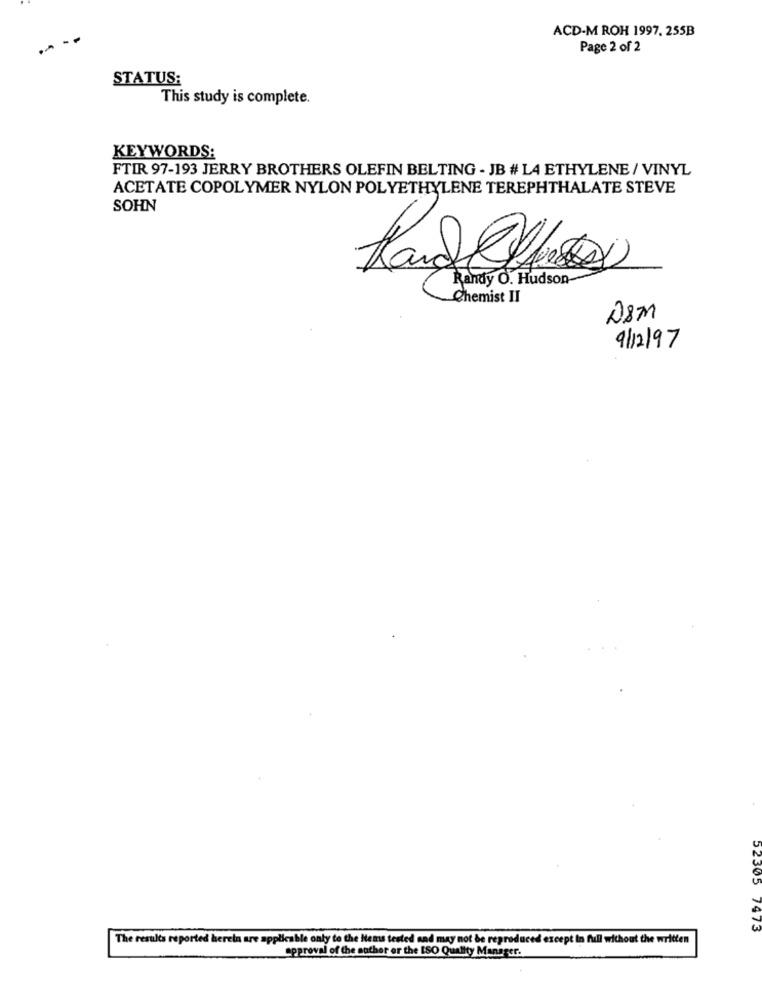
ACD-M ROH 1997. 255B
Page 2 of 2
STATUS:
This study is complete.
KEYWORDS:
FTIR 97-193 JERRY BROTHERS OLEFIN BELTING - JB # L4 ETHYLENE / VINYL
ACETATE COPOLYMER NYLON POLYETHYLENE TEREPHTHALATE STEVE
SOHN
Kand les
Randy O. Hudson
Chemist II
28M
9/12/97
52305
05 7473
The results reported herein are applicable only to the Items tested and may not be reproduced except in full without the written
approval of the author or the ISO Quality Manager.